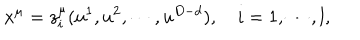
LaTeX: x ^ { \mu } = z _ { i } ^ { \mu } ( u ^ { 1 } , u ^ { 2 } , \cdots , u ^ { D - d } ) , \quad i = 1 , \cdots , l ,